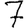
Digit: 7